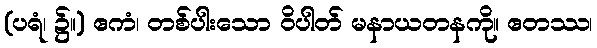
(ပရံ၊ ၌။) ဧကံ၊ တစ်ပါးသော ဝိပါတ် မနာယတနကို။ ဧတဿ၊